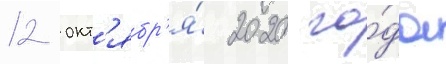
12 окт'ябр'я́ 2020 го́да